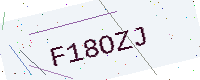
Text: F18OZJ